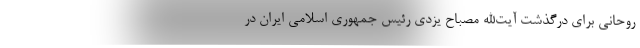
روحانی برای درگذشت آیت‌الله مصباح یزدی رئیس جمهوری اسلامی ایران در